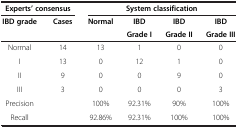
| <COLSPAN=2> Experts’ consensus | <COLSPAN=4> System classification |
 | <ROWSPAN=2> IBD grade | <ROWSPAN=2> Cases | <ROWSPAN=2> Normal | IBD | IBD | IBD |
 | Grade I | Grade II | Grade III |
 | --- | --- | --- | --- | --- | --- |
 | Normal | 14 | 13 | 1 | 0 | 0 |
 | I | 13 | 0 | 12 | 1 | 0 |
 | II | 9 | 0 | 0 | 9 | 0 |
 | III | 3 | 0 | 0 | 0 | 3 |
 | Precision |  | 100% | 92.31% | 90% | 100% |
 | Recall |  | 92.86% | 92.31% | 100% | 100% |